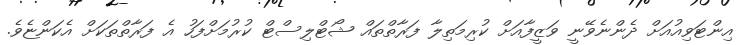
އިންޓަވިއުއަށް ދެންނެވޭނީ ވަޒީފާއަށް ކުރިމަތިލާ ފަރާތްތައް ޝޯޓްލިސްޓް ކުރުމަށްފަހު އެ ފަރާތްތަކަށް އެކަންޏެވެ.